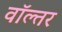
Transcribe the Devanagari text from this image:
वॉल्तर